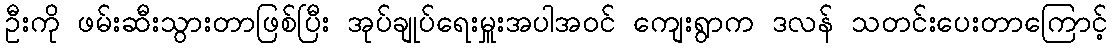
ဦးကို ဖမ်းဆီးသွားတာဖြစ်ပြီး အုပ်ချုပ်ရေးမှူးအပါအဝင် ကျေးရွာက ဒလန် သတင်းပေးတာကြောင့်